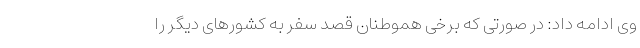
وی ادامه داد: در صورتی که برخی هموطنان قصد سفر به کشورهای دیگر را